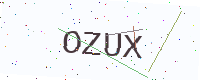
Text: OZUX